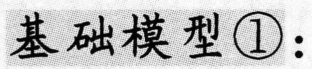
基础模型\textcircled{1}: